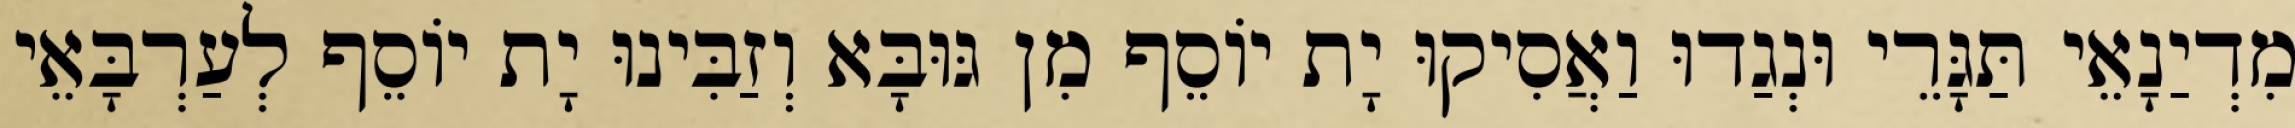
מִדְיַנָאֵי תַּגָּרֵי וּנְגַדוּ וַאֲסִיקוּ יָת יוֹסֵף מִן גּוּבָּא וְזַבִּינוּ יָת יוֹסֵף לְעַרְבָּאֵי